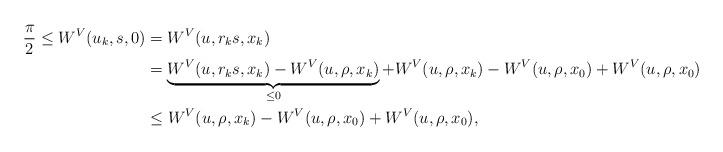
LaTeX: \begin{align*}\frac\pi2\le W^V(u_k,s,0)&=W^V(u,r_ks,x_k)\\&=\underbrace{W^V(u,r_ks,x_k)-W^V(u,\rho,x_k)}_{\le0}+W^V(u,\rho,x_k)-W^V(u,\rho,x_0)+W^V(u,\rho,x_0)\\&\le W^V(u,\rho,x_k)-W^V(u,\rho,x_0)+W^V(u,\rho,x_0), \end{align*}